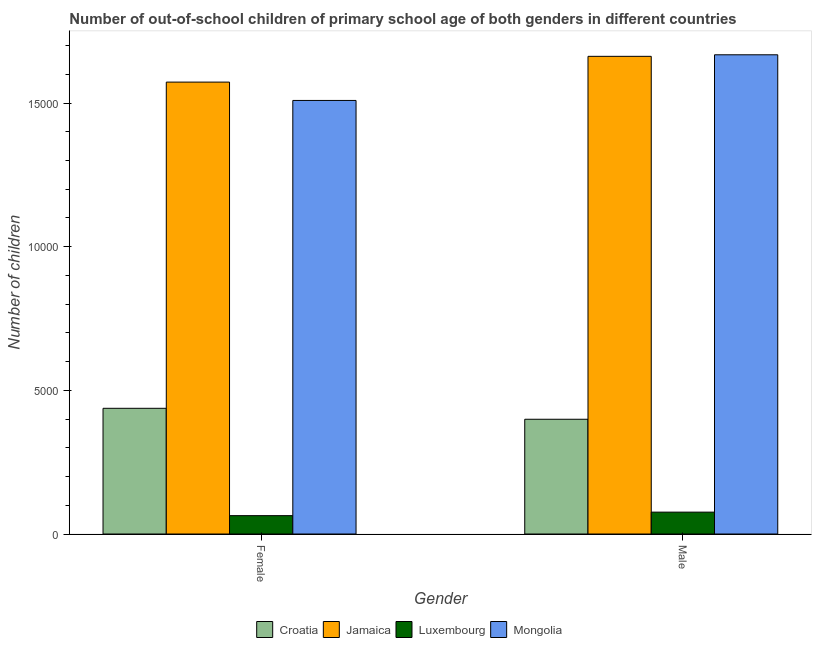
| Gender | Croatia | Jamaica | Luxembourg | Mongolia |
 | --- | --- | --- | --- | --- |
 | Female | 4.38e+03 | 1.57e+04 | 639 | 1.51e+04 |
 | Male | 3.99e+03 | 1.66e+04 | 761 | 1.67e+04 |